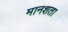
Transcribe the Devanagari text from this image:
मानशता